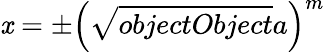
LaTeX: \mathit{x}=\pm\left({\sqrt{{{objectObject}}}{{a}}}\right)^{m}